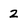
Character: 2